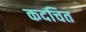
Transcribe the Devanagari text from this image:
कदचित